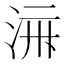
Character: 𱦛